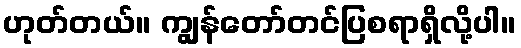
ဟုတ်တယ်။ ကျွန်တော်တင်ပြစရာရှိလို့ပါ။